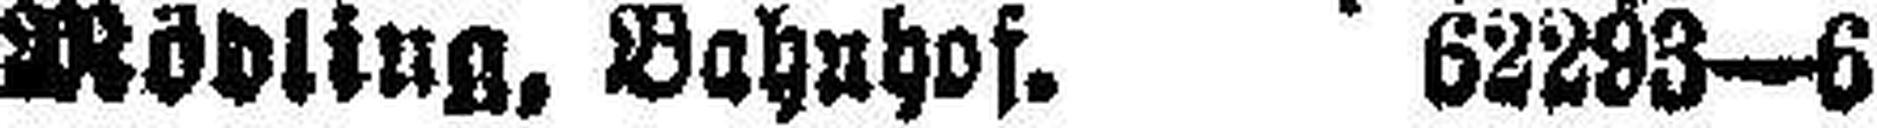
Mödling, Bahnhof. 62293—6